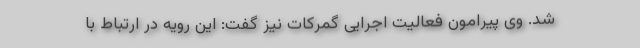
شد. وی پیرامون فعالیت اجرایی گمرکات نیز گفت: این رویه در ارتباط با